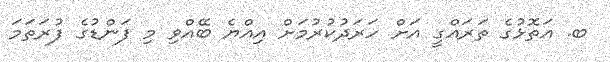
ބ. އަތޮޅުގެ ތަރައްގީ އަށް ހަރަދުކުރުމަށް އިއްޔެ ބޭއްވި މި ފަންޑުގެ ފުރަތަމަ